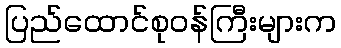
ပြည်ထောင်စုဝန်ကြီးများက